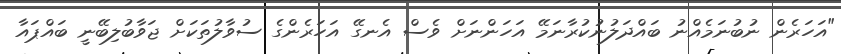
"އަހަރެން ނުބުނަމެއްނު ބައްދަލުނުކުރާނަމޭ އަހަންނަށް ވެސް އެނގޭ އަހަރެންގެ ސުވާލުތަކަށް ޖަވާބުލިބޭނީ ބައްޕައާ